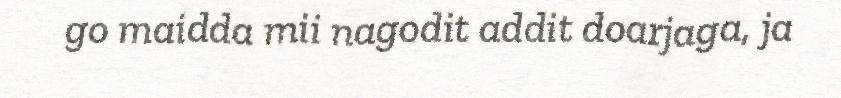
go maidda mii nagodit addit doarjaga, ja